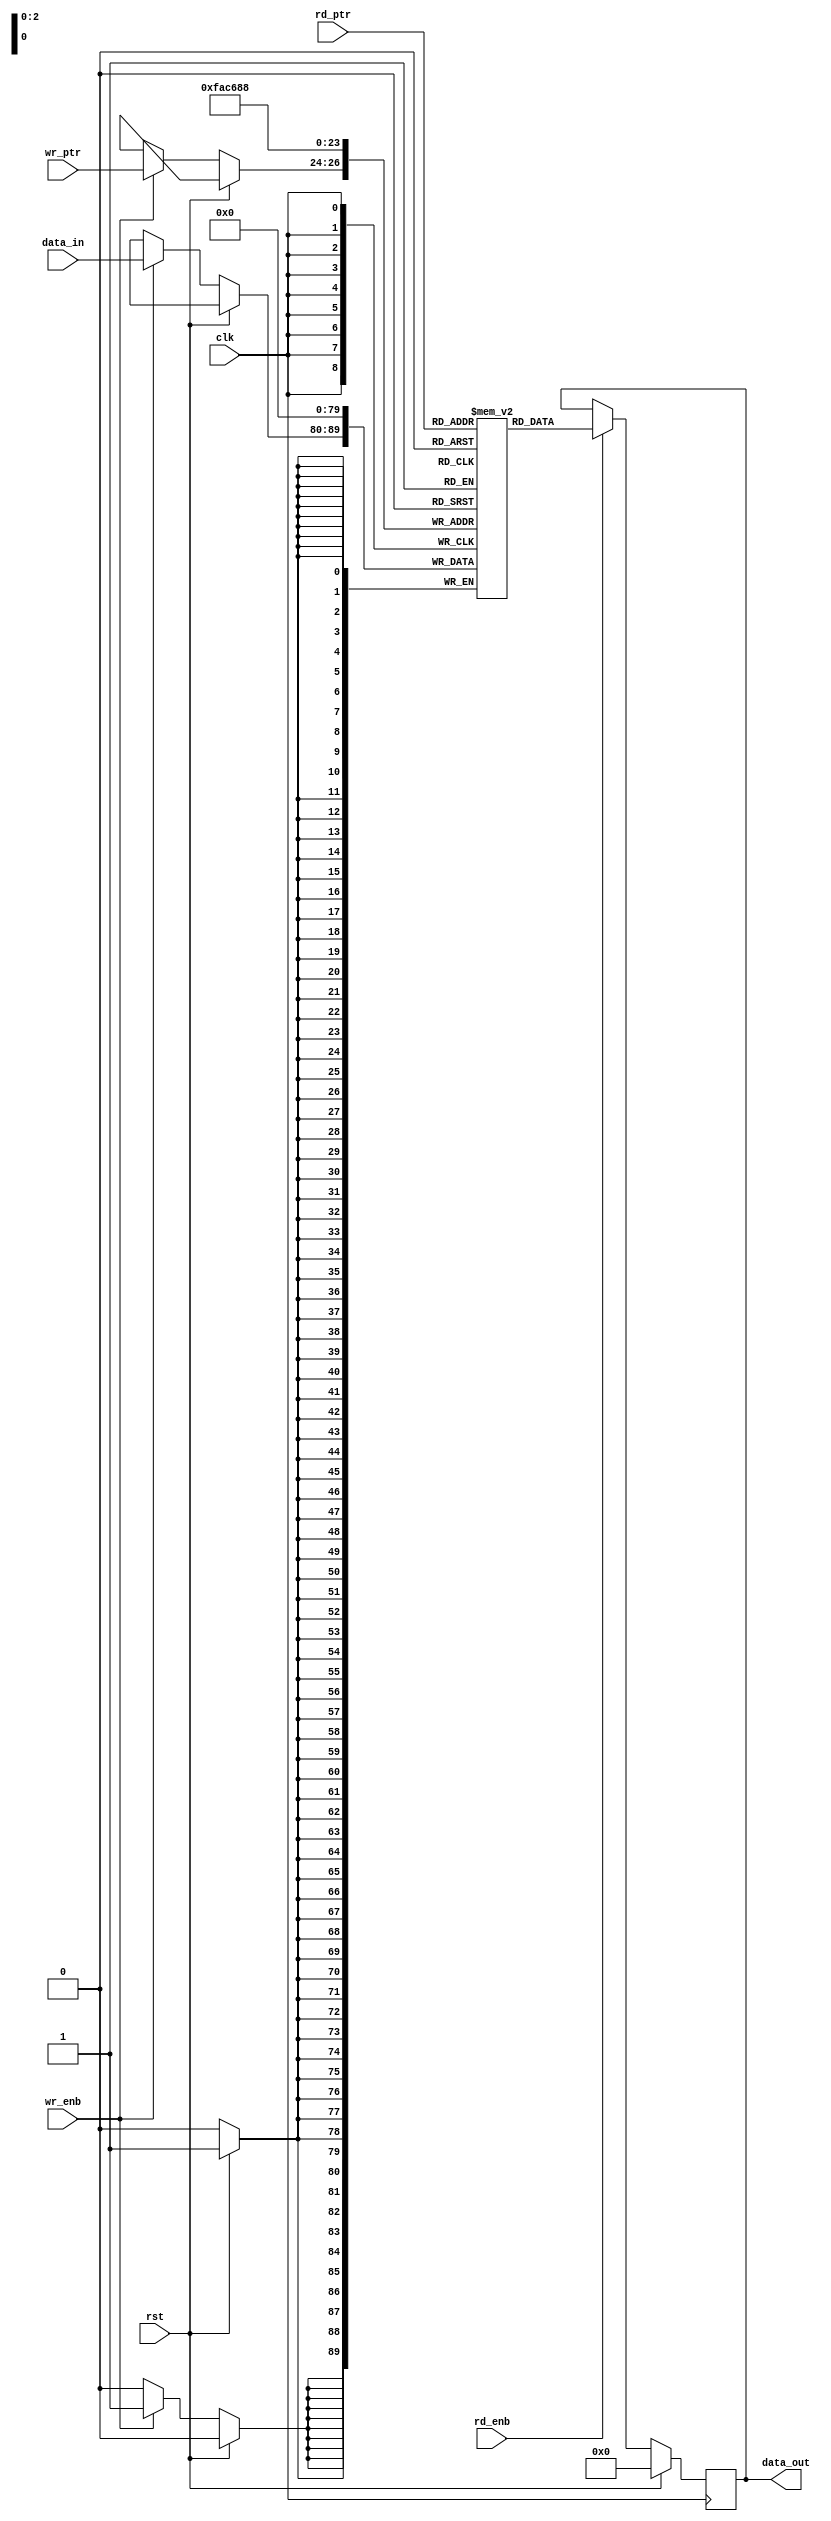
module dual_ram_cond (clk, wr_enb, rd_enb, rst, rd_ptr, wr_ptr,
		      data_in, data_out);

   parameter RAM_WIDTH = 10;
   parameter RAM_DEPTH = 8;
   parameter PTR_SIZE = 3;

   input clk, wr_enb, rd_enb, rst;
   input [RAM_WIDTH-1:0] data_in;
   input [PTR_SIZE-1:0]  rd_ptr, wr_ptr;
   output reg [RAM_WIDTH-1:0] data_out;

   reg [RAM_WIDTH-1:0] 	      mem[RAM_DEPTH-1:0];
   integer 		      i;

   always @(posedge clk) begin
      
      if (rst) begin
	 for (i=0; i<RAM_DEPTH; i=i+1)
	   mem[i] <= 0;
	 data_out <= 0;
      end

      else begin
	 if (wr_enb)
	   mem[wr_ptr] <= data_in;
	 if (rd_enb)
	   data_out <= mem[rd_ptr];
      end // else: !if(rst)
   end // always @ (posedge clk)

endmodule // dual_ram